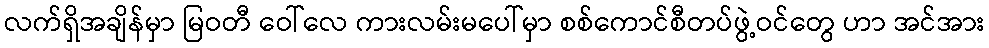
လက်ရှိအချိန်မှာ မြဝတီ ဝေါ်လေ ကားလမ်းမပေါ်မှာ စစ်ကောင်စီတပ်ဖွဲ့ဝင်တွေ ဟာ အင်အား